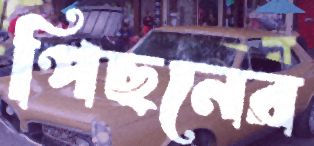
পিছনের